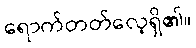
ရောက်တတ်လေ့ရှိ၏။